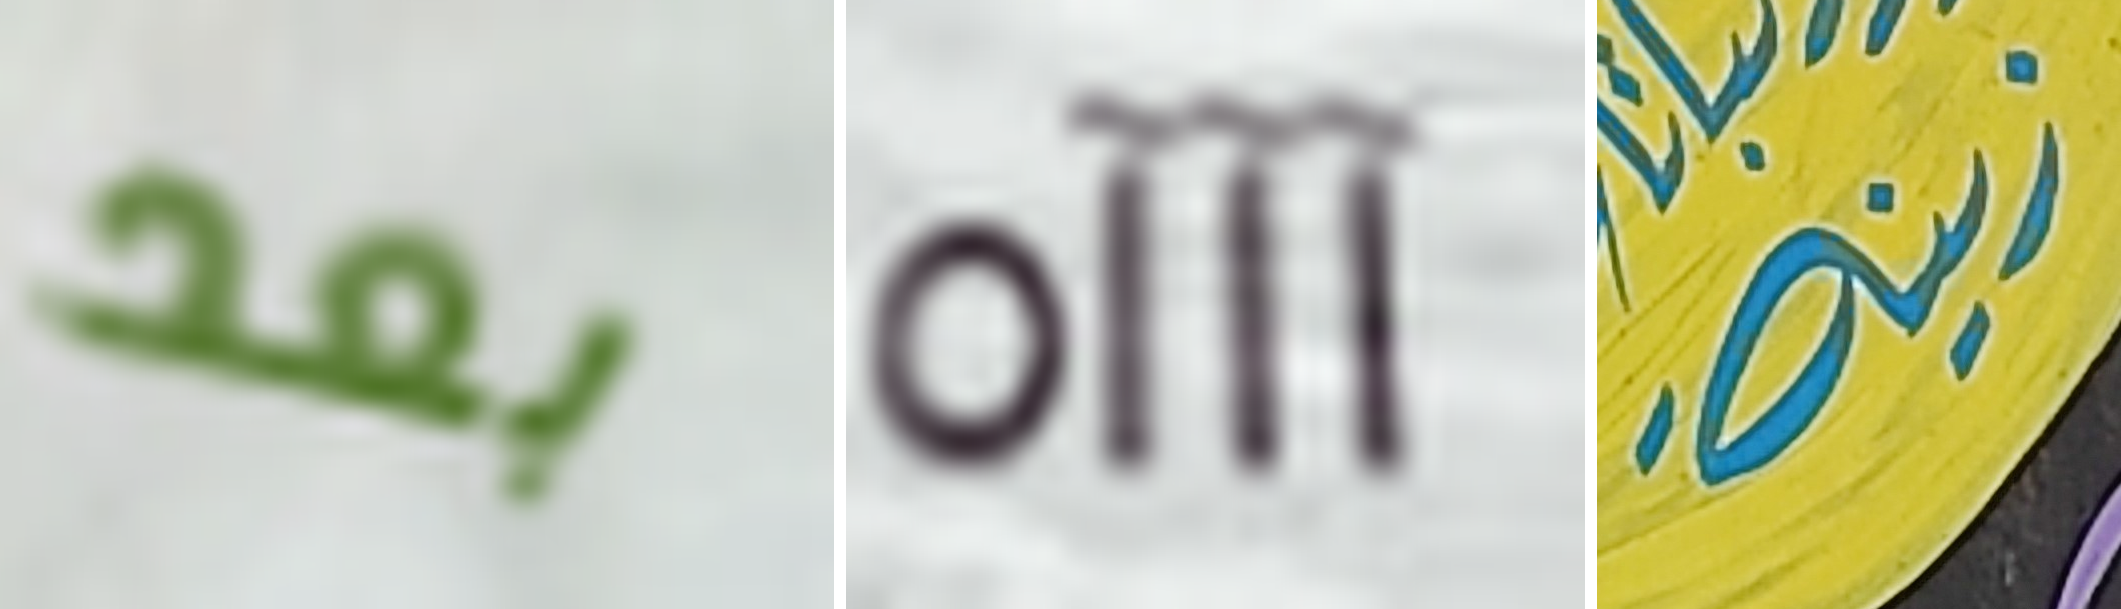
بعد آآآه زينة